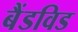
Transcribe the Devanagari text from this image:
बैंडविड